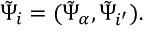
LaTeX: \tilde { \Psi } _ { i } = ( \tilde { \Psi } _ { { \alpha } } , \tilde { \Psi } _ { { i ^ { \prime } } } ) .